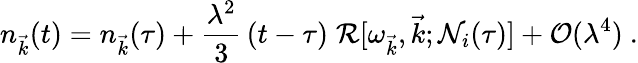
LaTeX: n_{\vec{k}}(t)=n_{\vec{k}}(\tau)+\frac{\lambda^{2}}{3}\, (t-\tau)\; {\cal R}[\omega_{\vec{k}},{\vec{k}};{\cal N}_{i}(\tau)]+{\cal O}(\lambda^{4})~.